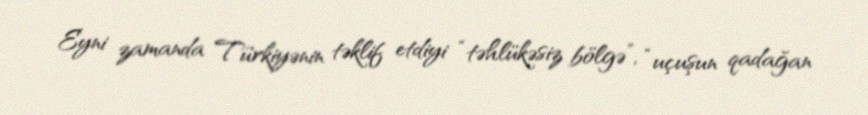
Eyni zamanda Türkiyənin təklif etdiyi “təhlükəsiz bölgə”, “uçuşun qadağan